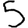
Digit: 5